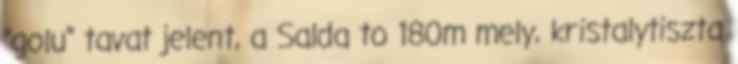
"golu" tavat jelent, a Salda to 180m mely, kristalytiszta